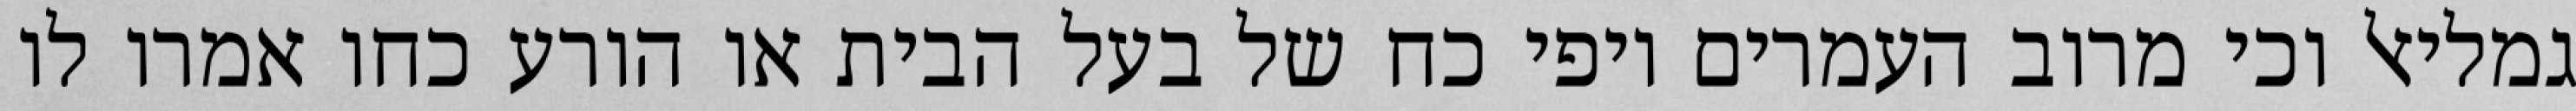
גמליאל וכי מרוב העמרים יופי כח של בעל הבית או הורע כחו אמרו לו